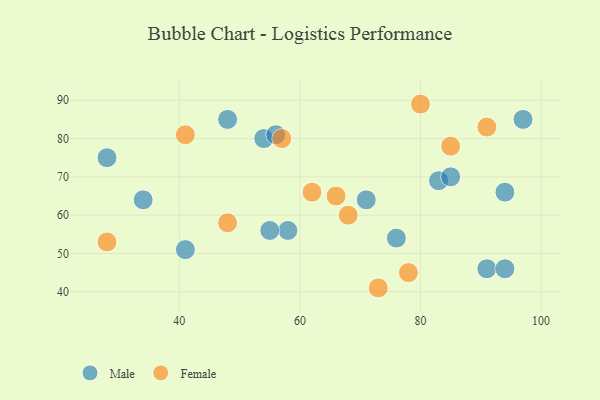
{"axis": {"x": "GDP", "y": "Life Expectancy"}, "legend": ["Female", "Male"], "data": [{"x": "41", "y": 51, "type": "Male"}, {"x": "91", "y": 46, "type": "Male"}, {"x": "28", "y": 75, "type": "Male"}, {"x": "97", "y": 85, "type": "Male"}, {"x": "94", "y": 46, "type": "Male"}, {"x": "54", "y": 80, "type": "Male"}, {"x": "58", "y": 56, "type": "Male"}, {"x": "56", "y": 81, "type": "Male"}, {"x": "83", "y": 69, "type": "Male"}, {"x": "55", "y": 56, "type": "Male"}, {"x": "71", "y": 64, "type": "Male"}, {"x": "76", "y": 54, "type": "Male"}, {"x": "85", "y": 70, "type": "Male"}, {"x": "34", "y": 64, "type": "Male"}, {"x": "94", "y": 66, "type": "Male"}, {"x": "48", "y": 85, "type": "Male"}, {"x": "85", "y": 78, "type": "Female"}, {"x": "68", "y": 60, "type": "Female"}, {"x": "80", "y": 89, "type": "Female"}, {"x": "78", "y": 45, "type": "Female"}, {"x": "41", "y": 81, "type": "Female"}, {"x": "62", "y": 66, "type": "Female"}, {"x": "48", "y": 58, "type": "Female"}, {"x": "66", "y": 65, "type": "Female"}, {"x": "57", "y": 80, "type": "Female"}, {"x": "28", "y": 53, "type": "Female"}, {"x": "73", "y": 41, "type": "Female"}, {"x": "91", "y": 83, "type": "Female"}]}